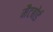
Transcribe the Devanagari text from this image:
मैटबोर्ड